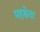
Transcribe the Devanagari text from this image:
महश्वेता